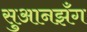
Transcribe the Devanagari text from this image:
सुआनझँग